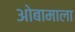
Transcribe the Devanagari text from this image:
ओबामाला